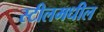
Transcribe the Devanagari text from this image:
स्टीलमधील